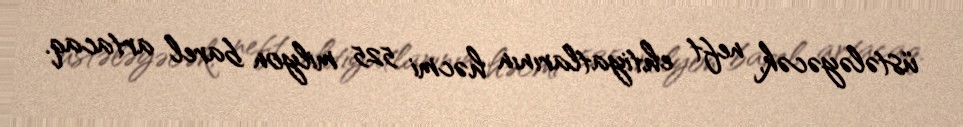
üstələyəcək, neft ehtiyatlarının həcmi 525 milyon barel artacaq.